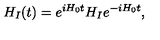
H _ { I } ( t ) = e ^ { i H _ { 0 } t } H _ { I } e ^ { - i H _ { 0 } t } ,